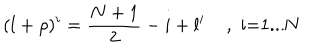
LaTeX: ( l + \rho ) ^ { i } = \frac { N + 1 } { 2 } - i + l ^ { i } \; \mathrm { , ~ i = 1 . . . N ~ }